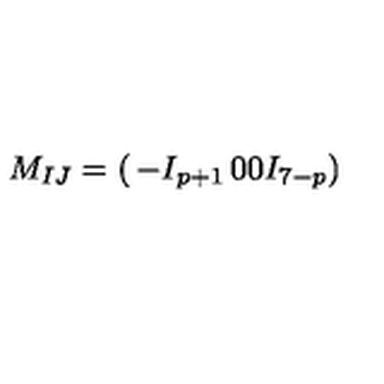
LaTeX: M _ { I J } = \left( \begin{matrix} { - I _ { p + 1 } } & { 0 } \\ { 0 } & { I _ { 7 - p } } \\ \end{matrix} \right)